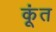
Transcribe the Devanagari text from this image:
कूंत